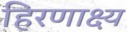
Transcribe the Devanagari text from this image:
हिरणाक्ष्य